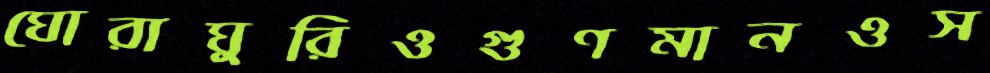
ঘোরাঘুরিওগুণমানওস